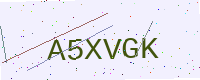
Text: A5XVGK